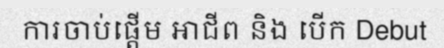
ការចាប់ផ្តើម អាជីព និង បើក Debut